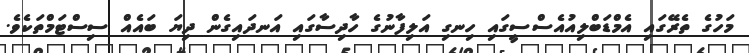
މަހުގެ ތެރޭގައި އެމްޑަބްލިއުއެސްސީގައި ހިނގި އަލިފާނުގެ ހާދިސާގައި އަނދައިގެން ދިޔަ ބައެއް ސިސްޓަމްތަކެވެ.